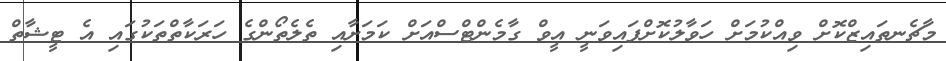
މާޗެނތައިޒްކޮށް ވިއްކުމަށް ހަވާލުކޮށްފައިވަނީ އީވް ގާމެންޓްސްއަށް ކަމަށާއި ތެލެތޯންގެ ހަރަކާތްތަކުގައި އެ ޓީޝާތް